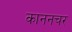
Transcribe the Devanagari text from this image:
काननचर